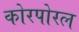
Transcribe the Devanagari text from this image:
कोरपोरल